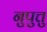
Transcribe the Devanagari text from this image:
नुपुत्तु